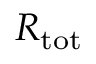
R _ { \mathrm { t o t } }